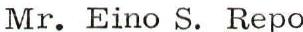
Mr. Eino S. Repo